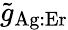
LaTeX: \tilde{g}_{\mathrm{Ag:Er}}